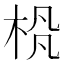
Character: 𪲊